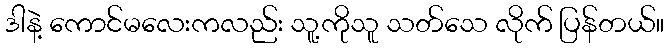
ဒါနဲ့ ကောင်မလေးကလည်း သူ့ကိုသူ သတ်သေ လိုက် ပြန်တယ်။